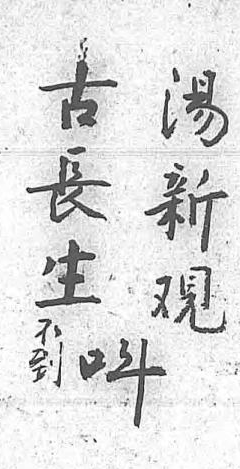
古湯不呌長新到 生覌